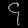
Digit: ၄